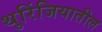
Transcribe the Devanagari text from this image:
थुरिंजियातील